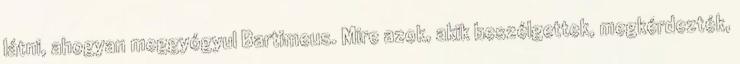
látni, ahogyan meggyógyul Bartimeus. Mire azok, akik beszélgettek, megkérdezték,